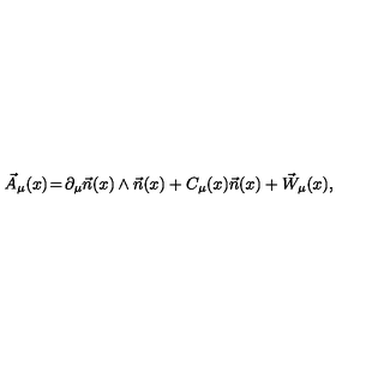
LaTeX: \vec { A } _ { \mu } ( x ) \! = \! \partial _ { \mu } \vec { n } ( x ) \wedge \vec { n } ( x ) + C _ { \mu } ( x ) \vec { n } ( x ) + \vec { W } _ { \mu } ( x ) ,